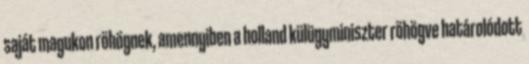
saját magukon röhögnek, amennyiben a holland külügyminiszter röhögve határolódott